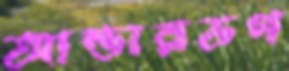
আন্ডারডগ